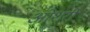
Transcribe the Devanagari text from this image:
ओशरी